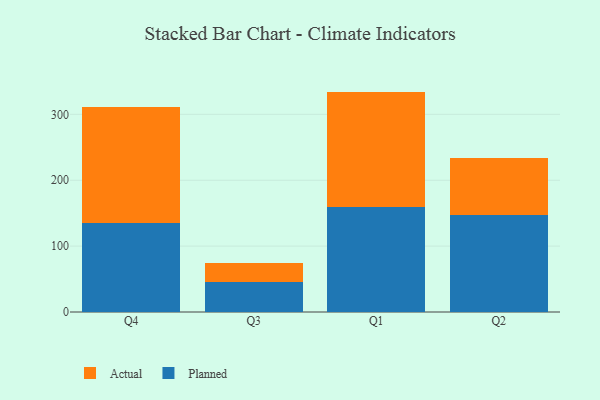
{"axis": {"x": "Quarter", "y": "Active Users"}, "legend": ["Actual", "Planned"], "data": [{"x": "Q4", "y": 134.7, "type": "Planned"}, {"x": "Q4", "y": 176.2, "type": "Actual"}, {"x": "Q3", "y": 45.7, "type": "Planned"}, {"x": "Q3", "y": 29.4, "type": "Actual"}, {"x": "Q1", "y": 159.8, "type": "Planned"}, {"x": "Q1", "y": 174.7, "type": "Actual"}, {"x": "Q2", "y": 146.9, "type": "Planned"}, {"x": "Q2", "y": 86.9, "type": "Actual"}]}